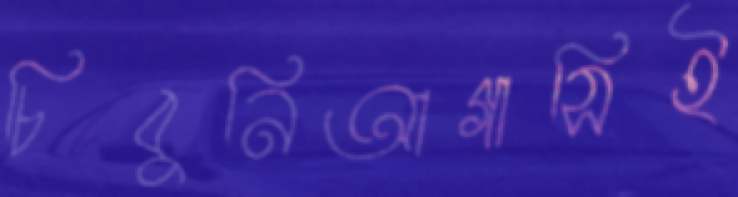
চিবুনিআগাসিই